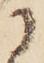
に